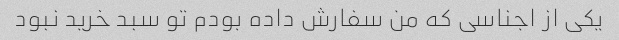
یکی از اجناسی که من سفارش داده بودم تو سبد خرید نبود